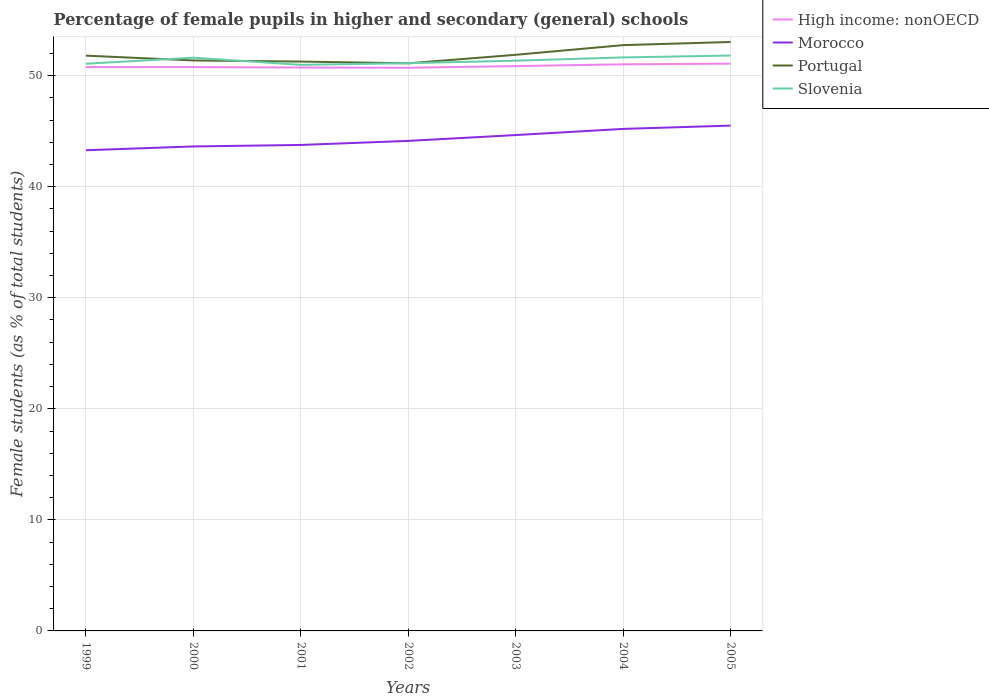
| Years | High income: nonOECD | Morocco | Portugal | Slovenia |
 | --- | --- | --- | --- | --- |
 | 1999 | 50.8 | 43.3 | 51.8 | 51.1 |
 | 2000 | 50.8 | 43.6 | 51.4 | 51.6 |
 | 2001 | 50.7 | 43.8 | 51.3 | 51 |
 | 2002 | 50.7 | 44.1 | 51.1 | 51.1 |
 | 2003 | 50.9 | 44.6 | 51.9 | 51.3 |
 | 2004 | 51 | 45.2 | 52.7 | 51.6 |
 | 2005 | 51.1 | 45.5 | 53 | 51.8 |